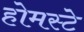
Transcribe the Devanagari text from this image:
होमस्टे